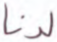
لدنا